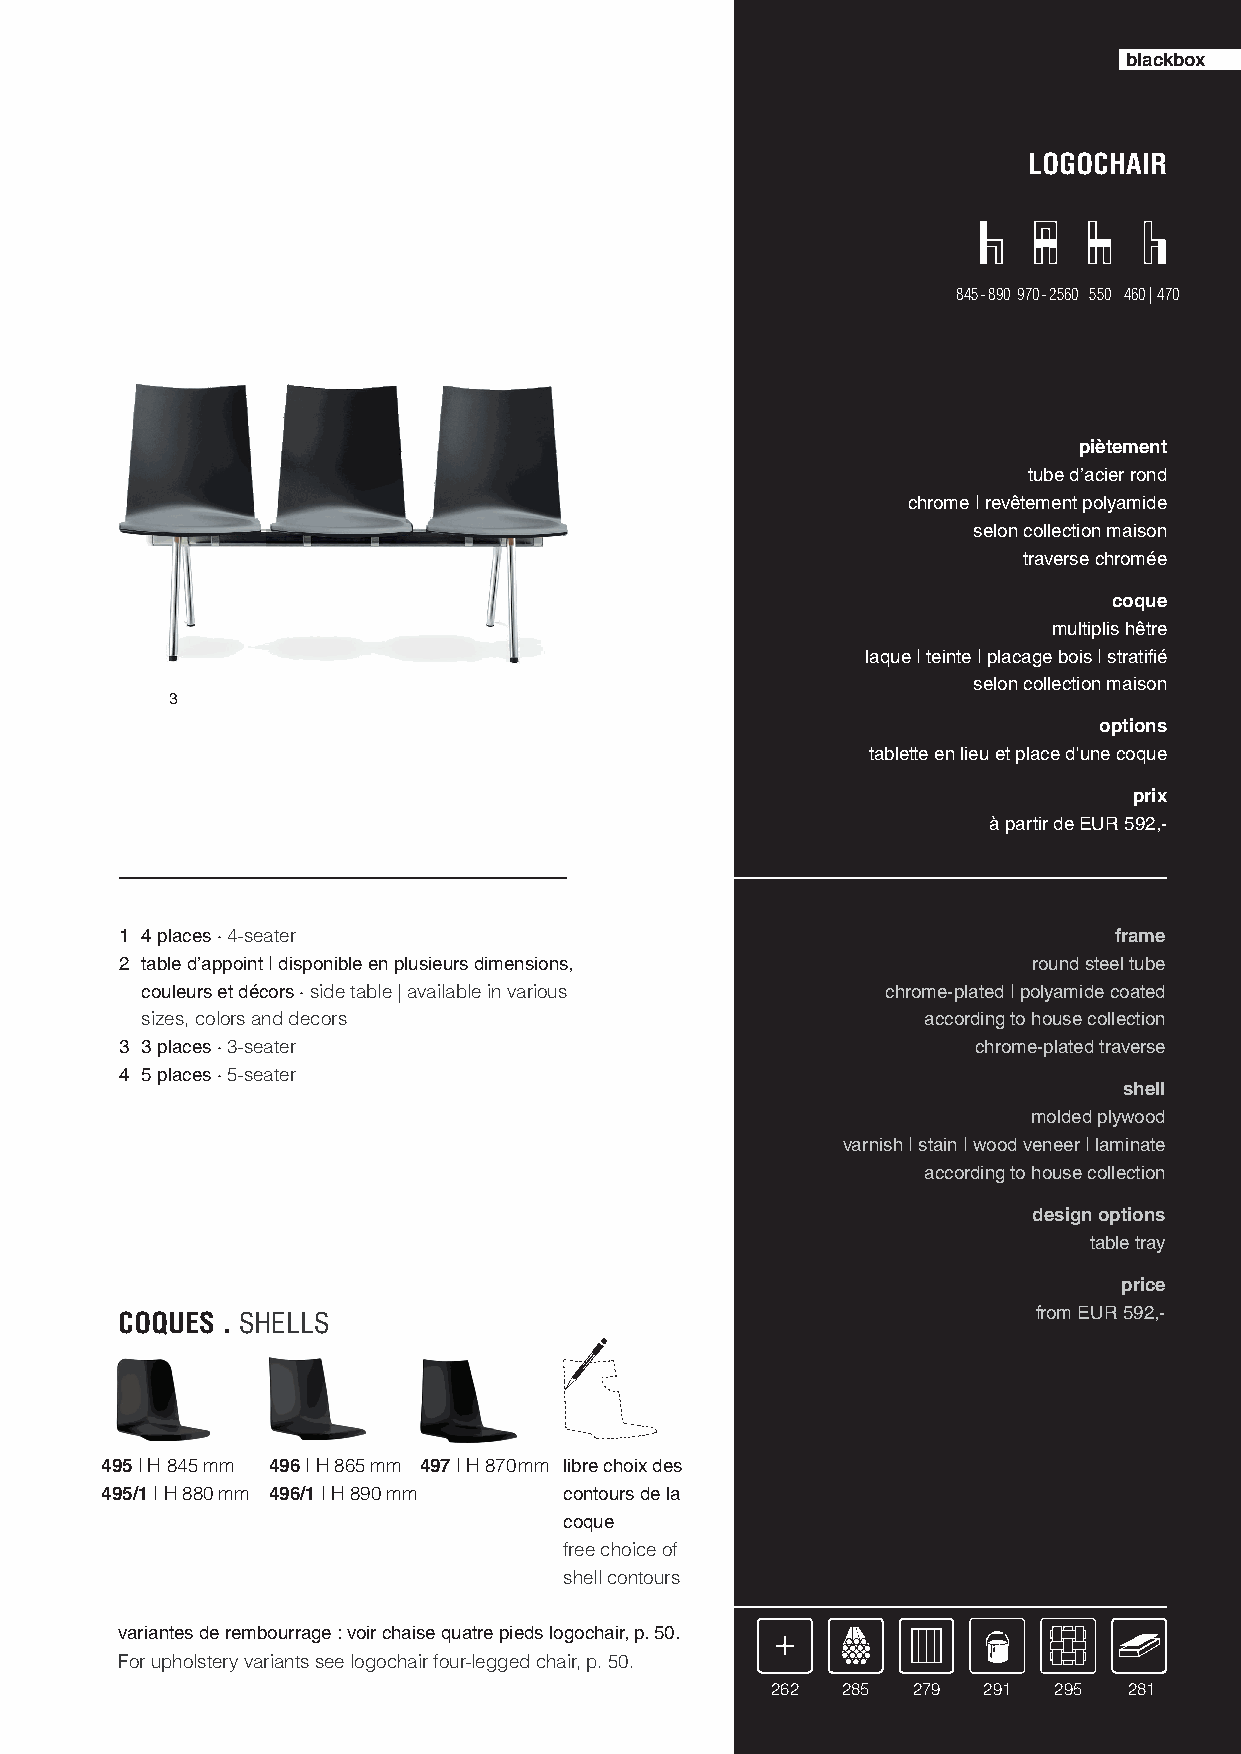
bbllaacckkbbooxx
 LOGOCHAIR
 845 - 890 970 - 2560 550 460 | 470
 piètement
 tube d’acier rond
 chrome | revêtement polyamide
 selon collection maison
 traverse chromée
 coque
 multiplis hêtre
 laque | teinte | placage bois | stratifi é
 selon collection maison
 3
 options
 tablette en lieu et place d'une coque
 prix
 à partir de EUR 592,-
 1 4 places · 4-seater                                             frame
 2 table d’appoint | disponible en plusieurs dimensions,     round steel tube
 couleurs et décors · side table | available in various chrome-plated | polyamide coated
 sizes, colors and decors                            according to house collection
 3 3 places · 3-seater                                    chrome-plated traverse
 4 5 places · 5-seater
 shell
 molded plywood
 varnish | stain | wood veneer | laminate
 according to house collection
 design options
 table tray
 price
 from EUR 592,-
 COQUES . SHELLS
 495 | H 845 mm 496 | H 865 mm 497 | H 870 mm libre choix des
 495/1 | H 880 mm 496/1 | H 890 mm contours de la
 coque
 free choice of
 shell contours
 variantes de rembourrage : voir chaise quatre pieds logochair, p. 50.
 For upholstery variants see logochair four-legged chair, p. 50.
 262  285 279  291  295  281